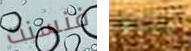
فنسنت لتجاوز